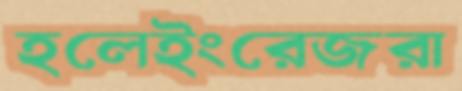
হলেইংরেজরা